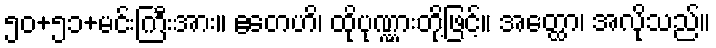
၅၀+၅၁+မင်းကြီးအား။ ဧတေဟိ၊ ထိုပုဏ္ဏားတို့ဖြင့်။ အတ္ထော၊ အလိုသည်။